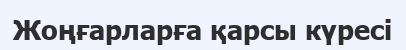
Жоңғарларға қарсы күресі